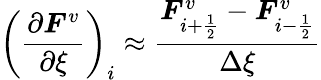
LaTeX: \left(\frac{\partial\boldsymbol{F}^{v}}{\partial\xi}\right)_{i}\approx\frac{\boldsymbol{F}_{i+\frac{1}{2}}^{v}-\boldsymbol{F}_{i-\frac{1}{2}}^{v}}{\Delta\xi}